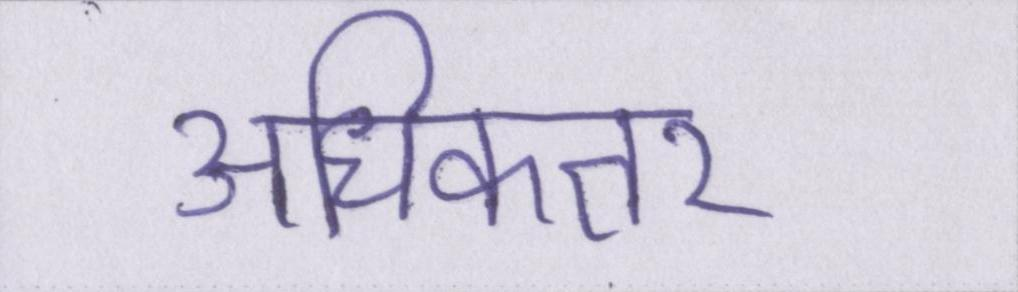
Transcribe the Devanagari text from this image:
अधिकतर